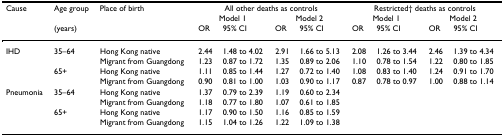
| Cause | Age group | Place of birth | <COLSPAN=4> All other deaths as controls | <COLSPAN=4> Restricted† deaths as controls |
 |  |  |  | <COLSPAN=2> Model 1 | <COLSPAN=2> Model 2 | <COLSPAN=2> Model 1 | <COLSPAN=2> Model 2 |
 |  | (years) |  | OR | 95% CI | OR | 95% CI | OR | 95% CI | OR | 95% CI |
 | --- | --- | --- | --- | --- | --- | --- | --- | --- | --- | --- |
 | IHD | 35–64 | Hong Kong native | 2.44 | 1.48 to 4.02 | 2.91 | 1.66 to 5.13 | 2.08 | 1.26 to 3.44 | 2.46 | 1.39 to 4.34 |
 |  |  | Migrant from Guangdong | 1.23 | 0.87 to 1.72 | 1.35 | 0.89 to 2.06 | 1.10 | 0.78 to 1.54 | 1.22 | 0.80 to 1.85 |
 |  | 65+ | Hong Kong native | 1.11 | 0.85 to 1.44 | 1.27 | 0.72 to 1.40 | 1.08 | 0.83 to 1.40 | 1.24 | 0.91 to 1.70 |
 |  |  | Migrant from Guangdong | 0.90 | 0.81 to 1.00 | 1.03 | 0.90 to 1.17 | 0.87 | 0.78 to 0.97 | 1.00 | 0.88 to 1.14 |
 | Pneumonia | 35–64 | Hong Kong native | 1.37 | 0.79 to 2.39 | 1.19 | 0.60 to 2.34 |  |  |  |  |
 |  |  | Migrant from Guangdong | 1.18 | 0.77 to 1.80 | 1.07 | 0.61 to 1.85 |  |  |  |  |
 |  | 65+ | Hong Kong native | 1.17 | 0.90 to 1.50 | 1.16 | 0.85 to 1.59 |  |  |  |  |
 |  |  | Migrant from Guangdong | 1.15 | 1.04 to 1.26 | 1.22 | 1.09 to 1.38 |  |  |  |  |